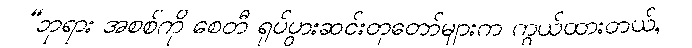
“ဘုရား အစစ်ကို စေတီ ရုပ်ပွားဆင်းတုတော်များက ကွယ်ထားတယ်,